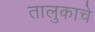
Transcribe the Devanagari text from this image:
तालुकाचे